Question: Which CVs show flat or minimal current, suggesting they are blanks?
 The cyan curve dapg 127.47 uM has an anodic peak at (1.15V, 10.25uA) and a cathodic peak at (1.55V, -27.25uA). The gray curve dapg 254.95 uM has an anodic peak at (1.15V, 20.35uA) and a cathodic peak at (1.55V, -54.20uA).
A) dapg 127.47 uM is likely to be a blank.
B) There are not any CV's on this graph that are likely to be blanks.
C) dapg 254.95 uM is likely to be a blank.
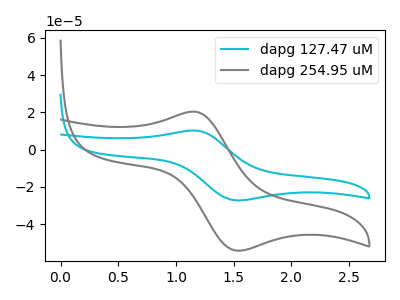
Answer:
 <answer>B) There are not any CV's on this graph that are likely to be blanks.</answer>
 <eval>B</eval>